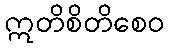
ဣတိစိတိစေဝ